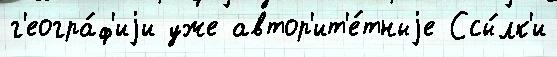
г'еогра́ф'иjи уже автор'ит'е́тныjе Ссы́лк'и